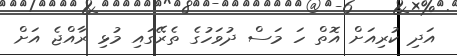
އަދި ކުރިއަށް އޮތް ހަ މަސް ދުވަހުގެ ތެރޭގައި މުޅި ރާއްޖެ އަށް